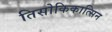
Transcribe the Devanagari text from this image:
तिसोकिकात्सिन